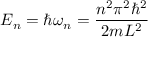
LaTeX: E _ { n } = \hbar \omega _ { n } = { \frac { n ^ { 2 } \pi ^ { 2 } \hbar ^ { 2 } } { 2 m L ^ { 2 } } }